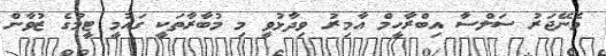
މެނޭޖަރު ސަލްސާ އިބްރާހީމް އާމިރު ވިދާޅުވީ މި މުބާރާތަކީ ގައުމީ ޓީމުގެ ޒުވާން